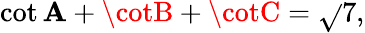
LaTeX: \cot\mathbf{A}+\cotB+\cotC={\sqrt{}{{7}}},